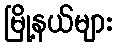
မြို့နယ်များ